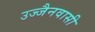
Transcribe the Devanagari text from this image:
उज्जैनवासी